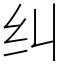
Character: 纠